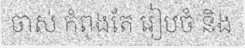
ចាស់ កំពុងតែ រៀបចំ និង